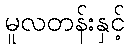
မူလတန်းနှင့်